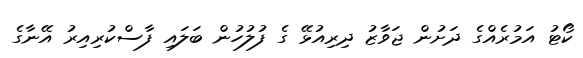
ކޯޓު އަމުރެއްގެ ދަަށުން ޖަވާޒު ދިރިއުޅޭ ގެ ފުލުހުން ބަލައި ފާސްކުރިއިރު އޭނާގެ